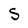
Character: S